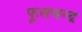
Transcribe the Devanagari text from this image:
फूलचन्द्र